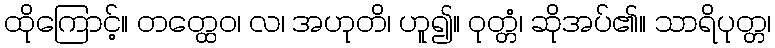
ထိုကြောင့်။ တတ္ထေဝ၊ လ၊ အဟုတိ၊ ဟူ၍။ ဝုတ္တံ၊ ဆိုအပ်၏။ သာရိပုတ္တ၊